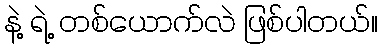
နဲ့ ရဲ့ တစ်ယောက်လဲ ဖြစ်ပါတယ်။